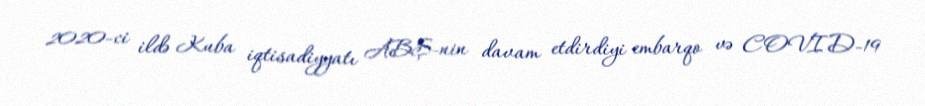
2020-ci ildə Kuba iqtisadiyyatı ABŞ-nin davam etdirdiyi embarqo və COVID-19